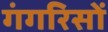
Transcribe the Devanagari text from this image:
गंगरिसों